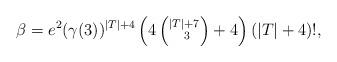
LaTeX: \begin{align*}\beta = e^{2} ( \gamma (3) )^{|T|+4} \left( 4 \left(^{|T|+7}_{\phantom{qw}3} \right) +4 \right) (|T|+4)!,\end{align*}